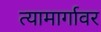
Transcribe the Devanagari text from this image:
त्यामार्गावर